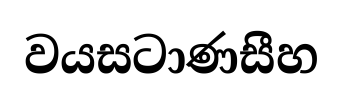
වයසටාණසීහ